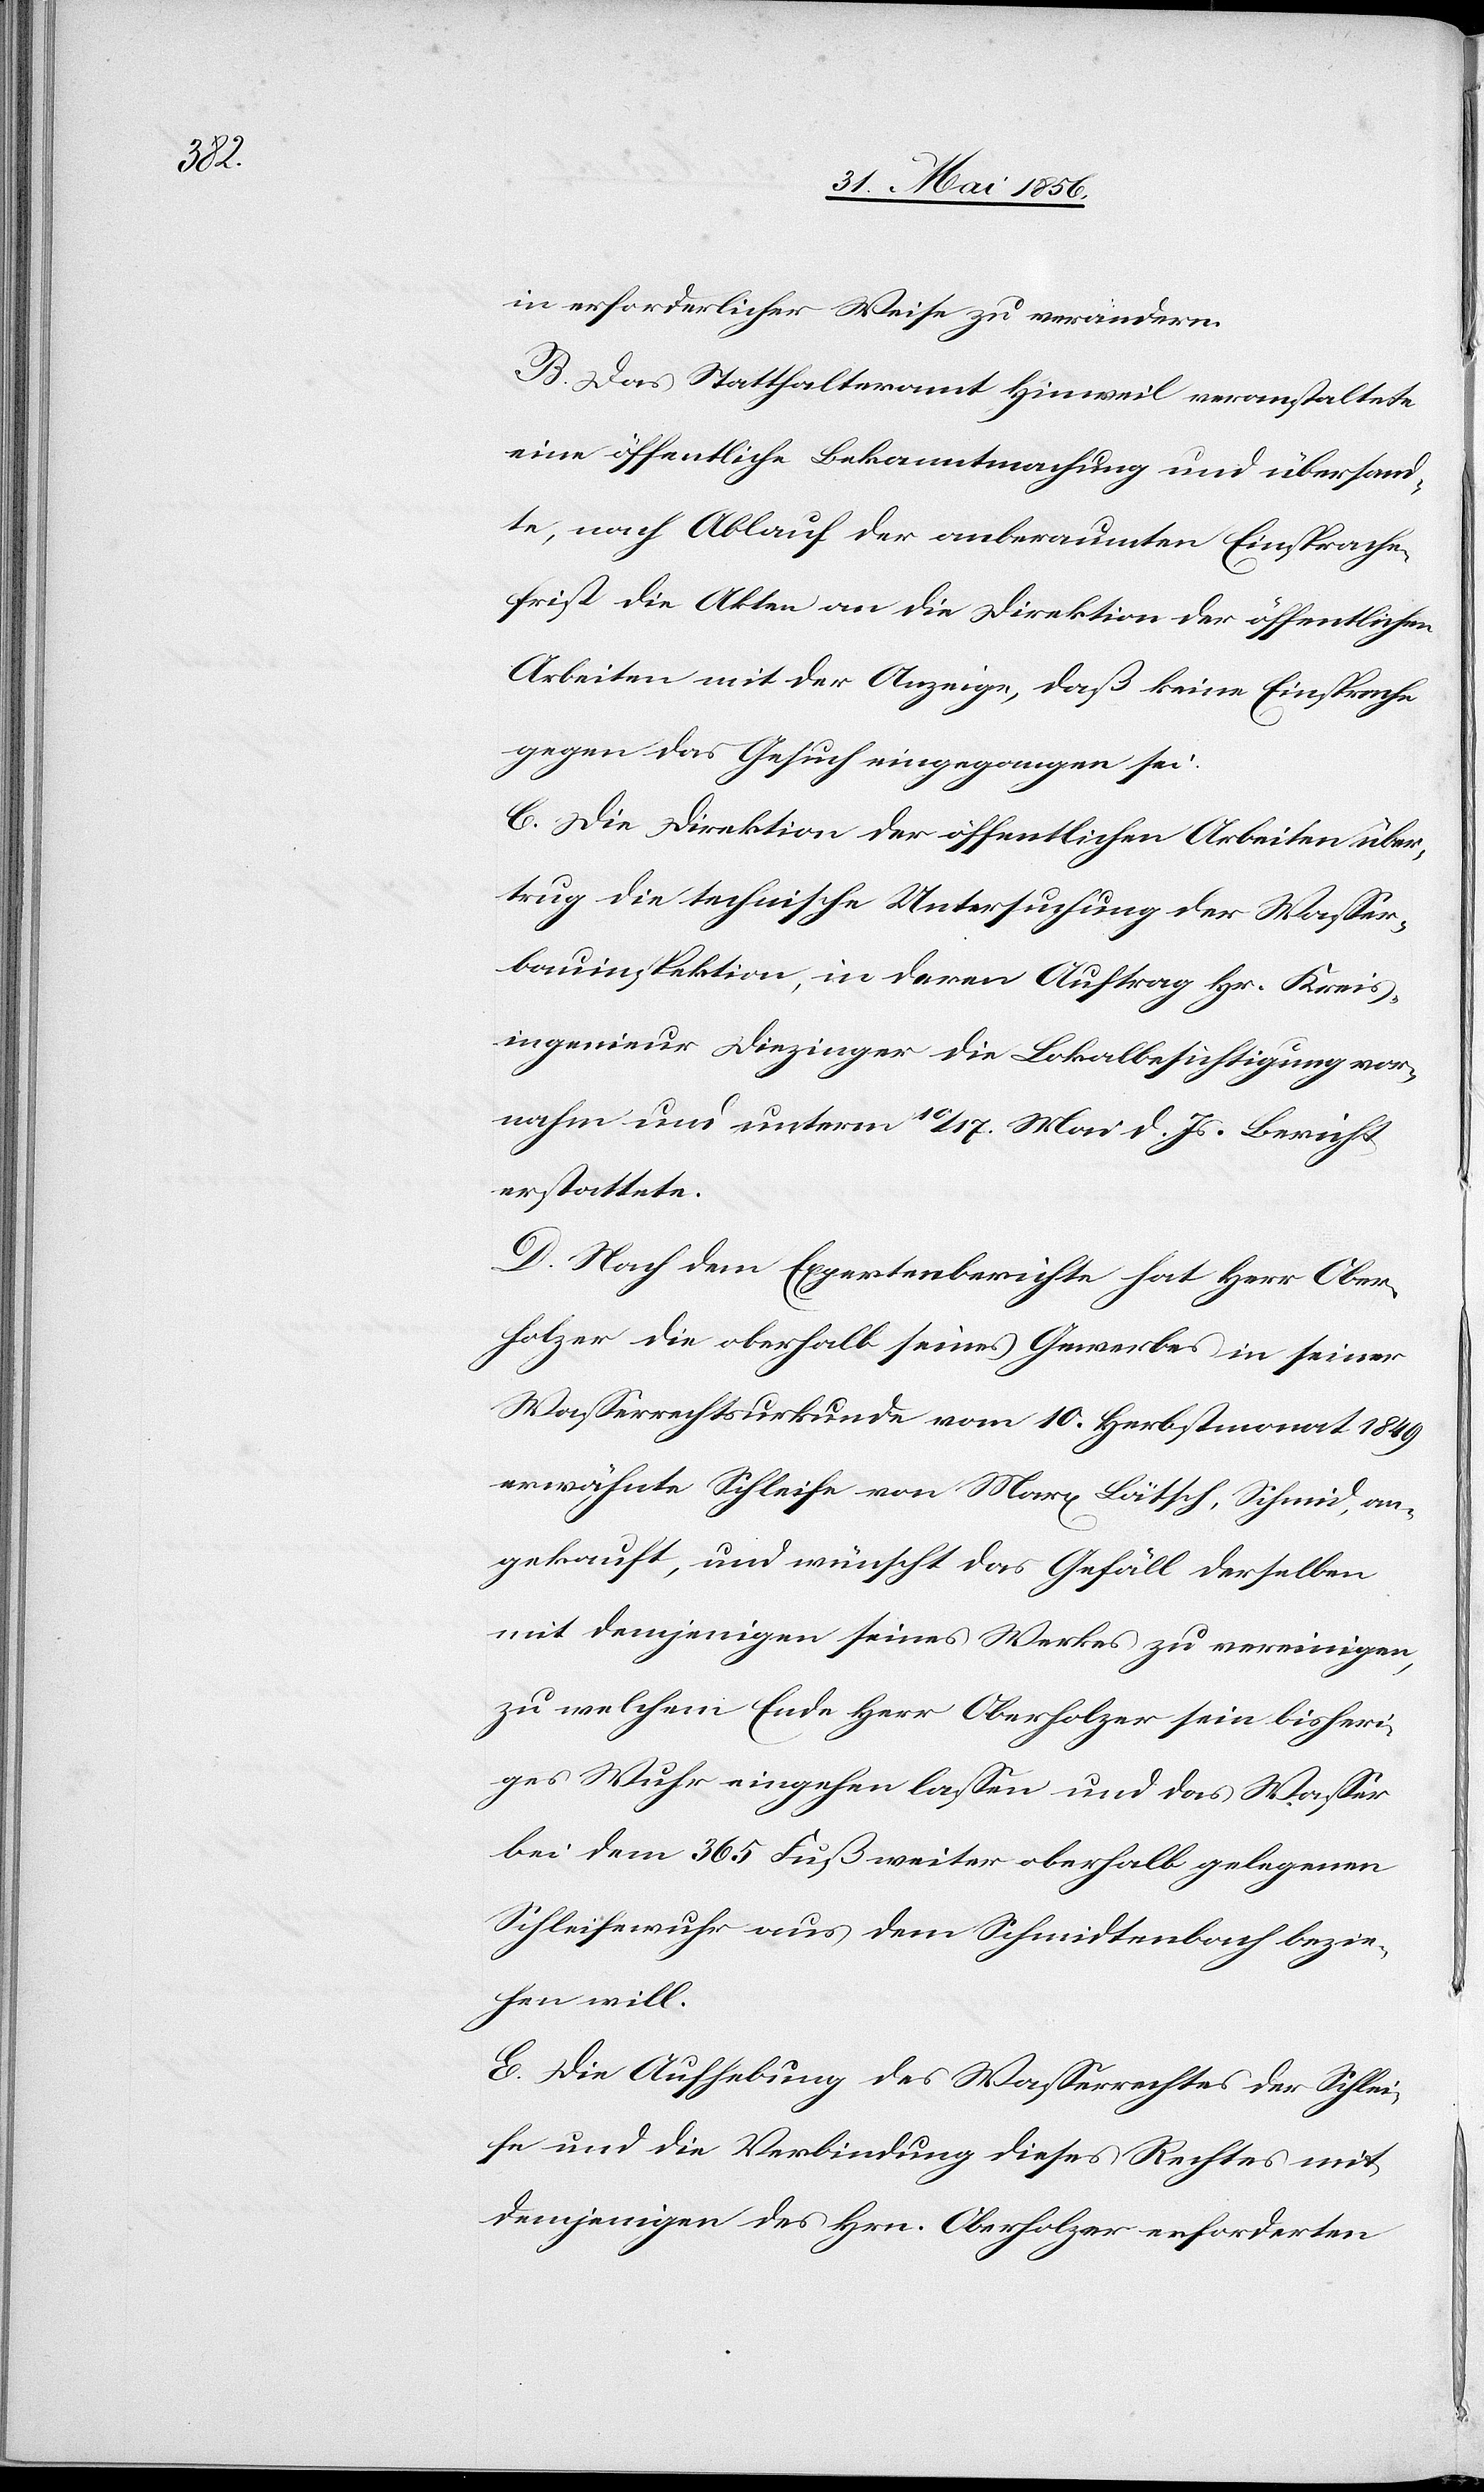
in erforderlicher Weise zu verändern.
B. Das Statthalteramt Hinweil veranstaltete
eine öffentliche Bekanntmachung und übersand¬
te, nach Ablauf der anberaumten Einsprache¬
frist die Akten an die Direktion der öffentlichen
Arbeiten mit der Anzeige, daß keine Einsprache
gegen das Gesuch eingegangen sei.
C. Die Direktion der öffentlichen Arbeiten über¬
trug die technische Untersuchung der Wasser¬
bauinspektion, in deren Auftrag Hr. Kreis¬
ingenieur Diezinger die Lokalbesichtigung vor¬
nahm und unterm 10/17. Mai d. Js. Bericht
erstattete.
D. Nach dem Expertenberichte hat Herr Ober¬
holzer die oberhalb seines Gewerbes in seiner
Wasserrechtsurkunde vom 10. Herbstmonat 1849
erwähnte Schleife von Marx Lätsch, Schmid, an¬
gekauft, und wünscht das Gefäll derselben
mit demjenigen seines Werkes zu vereinigen,
zu welchem Ende Herr Oberholzer sein bisheri¬
ges Wuhr eingehen lassen und das Wasser
bei dem 365 Fuß weiter oberhalb gelegenen
Schleifewuhr aus dem Schmidtenbach bezie¬
hen will.
E. Die Aufhebung des Wasserrechtes der Schlei¬
fe und die Verbindung dieses Rechtes mit
demjenigen des Hrn. Oberholzer erforderten